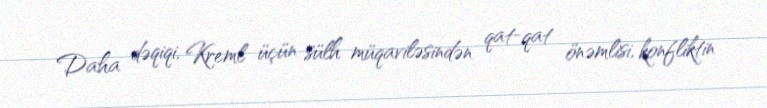
Daha dəqiqi, Kreml üçün sülh müqaviləsindən qat-qat önəmlisi, konfliktin